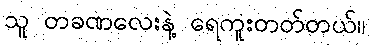
သူ တခဏလေးနဲ့ ရေကူးတတ်တယ်။